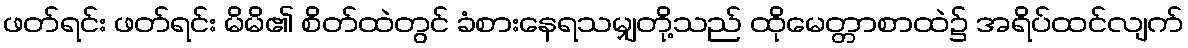
ဖတ်ရင်း ဖတ်ရင်း မိမိ၏ စိတ်ထဲတွင် ခံစားနေရသမျှတို့သည် ထိုမေတ္တာစာထဲ၌ အရိပ်ထင်လျက်